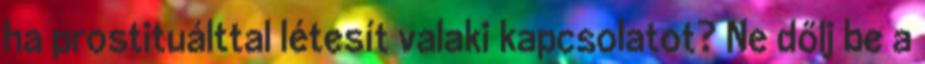
ha prostituálttal létesít valaki kapcsolatot? Ne dőlj be a